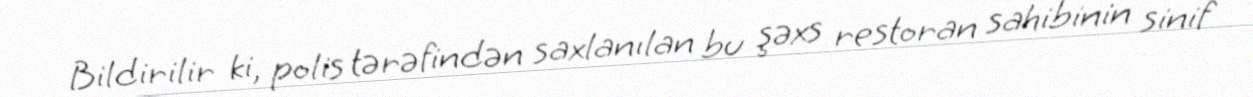
Bildirilir ki, polis tərəfindən saxlanılan bu şəxs restoran sahibinin sinif